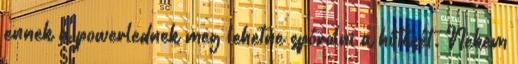
ennek a powerlednek meg lehetne spórolni a hûtését. Nekem